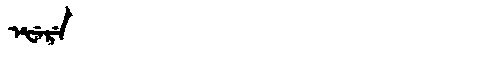
Manchu: ᡝᡶᡝᡵᡝ
Romanization: EFERE